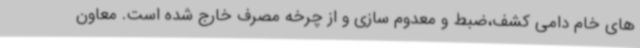
های خام دامی کشف،ضبط و معدوم سازی و از چرخه مصرف خارج شده است. معاون